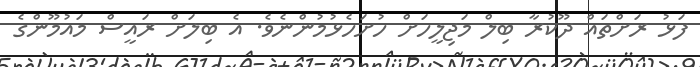
ފަޅު ރަށްތައް ދޫކުރާ ބިލް މަޖިލީހަށް ހުށަހެޅުމުންނެވެ. އެ ބިލަށް ރައީސް މައުމޫންގެ